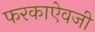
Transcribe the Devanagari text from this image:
फरकाऐवजी